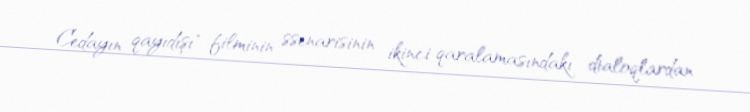
Cedayın qayıdışı" filminin ssenarisinin ikinci qaralamasındakı dialoqlardan